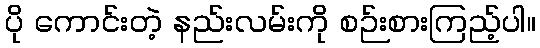
ပို ကောင်းတဲ့ နည်းလမ်းကို စဉ်းစားကြည့်ပါ။